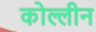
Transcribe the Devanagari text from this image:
कोल्लीन